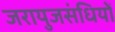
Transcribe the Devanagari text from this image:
जरायुजसंधियों